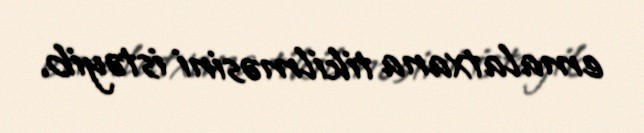
emalatxana tikilməsini istəyib.